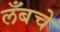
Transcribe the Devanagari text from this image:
लँबचे